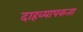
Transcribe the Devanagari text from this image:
दाहव्यापकता